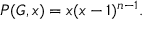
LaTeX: P ( G , x ) = x ( x - 1 ) ^ { n - 1 } .